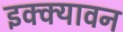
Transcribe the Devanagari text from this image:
इक्क्यावन